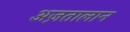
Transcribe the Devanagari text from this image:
अज़तालान